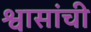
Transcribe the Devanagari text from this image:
श्वासांची